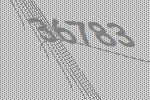
36783